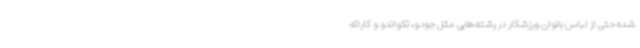
شده حتی از لباس بانوان ورزشکار در رشته‌هایی مثل جودو، تکواندو و کاراته